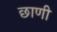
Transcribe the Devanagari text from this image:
छाणी